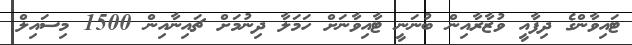
ޓައިވާންގެ ދިފާއީ ވުޒާރާއިން ބުނަނީ ޓާއިވާނަށް ހަމަލާ ދިނުމަށް ޗައިނާއިން 1500 މިސައިލް